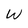
Character: W